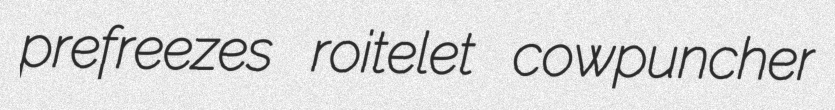
prefreezes roitelet cowpuncher